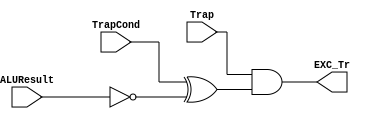
`timescale 1ns / 1ps
/*
 * Project      : University of Utah, XUM Project MIPS32 core
 * Creator(s)   : Grant Ayers (ayers@cs.utah.edu)
 *
 * Modification History:
 *   Rev   Date         Initials  Description of Change
 *   1.0   15-May-2012  GEA       Initial design.
 *
 * Standards/Formatting:
 *   Verilog 2001, 4 soft tab, wide column.
 *
 * Description:
 *   Detects a Trap Exception in the pipeline.
 */
module TrapDetect(
    input  Trap,
    input  TrapCond,
    input  [31:0] ALUResult,
    output EXC_Tr
    );

    wire ALUZero = (ALUResult == 32'h00000000);
    assign EXC_Tr = Trap & (TrapCond ^ ALUZero);

endmodule